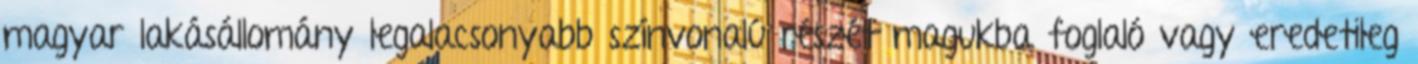
magyar lakásállomány legalacsonyabb színvonalú részét magukba foglaló vagy eredetileg